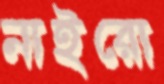
নাইরো